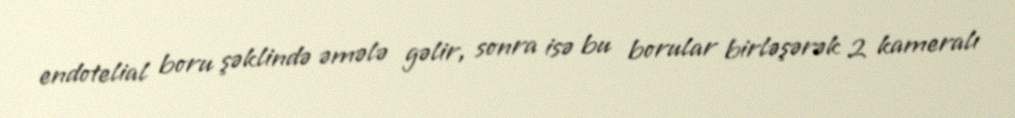
endotelial boru şəklində əmələ gəlir, sonra isə bu borular birləşərək 2 kameralı